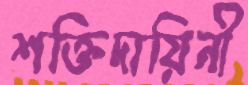
শক্তিদায়িনী